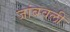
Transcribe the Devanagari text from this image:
जांबवली